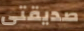
صديقتى